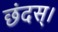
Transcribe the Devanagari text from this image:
छंदस्।